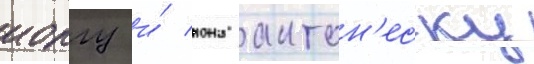
иоргу и́ иона антон'еску